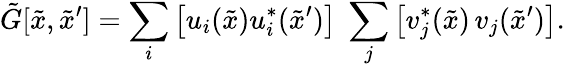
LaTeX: {\tilde{G}}[{\tilde{x}},{\tilde{x}^{\prime}}]=\sum_{i}\left[u_{i}({\tilde{x}})u_{i}^{*}({\tilde{x}^{\prime}})\right]\; \sum_{j}\left[v_{j}^{*}({\tilde{x}})\, v_{j}({\tilde{x}^{\prime}})\right].